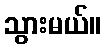
သွားမယ်။